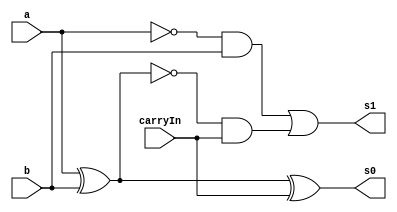
// Exemplo0022 - FULL SUBTRACTOR
// Nome: Ursula Rosa Monteiro de Castro


module fullSubtractor(output s1, output s0, input a, input b, input carryIn);

	wire s2;
	wire s3;
	wire s4;
	wire s5;
	wire s6;

	not N1(s5,a);
	not N2(s6,s2);
	xor X1(s2,a,b);
	xor X2(s0,s2,carryIn);
	and A1(s3,s5,b);
	and A2(s4,s6,carryIn);
	or O1(s1,s3,s4);

endmodule //fullSubtractor


module halfSubtractor(output s1, output s0, input a, input b);
	
	wire s2;

	not N1(s2,a);
	xor X1(s0,a,b);
	and A1(s1,s2,b);
endmodule //halfSubtractor


module FullSubtractor6(output [0:5]s, input [0:5]a, input [0:5]b);

	wire [0:5]s0;

	halfSubtractor H1(s0[5],s[5],a[5],b[5]);
	fullSubtractor F1(s0[4],s[4],a[4],b[4],s0[5]);
	fullSubtractor F2(s0[3],s[3],a[3],b[3],s0[4]);
	fullSubtractor F3(s0[2],s[2],a[2],b[2],s0[3]);
	fullSubtractor F4(s0[1],s[1],a[1],b[1],s0[2]);
	xor X1(s0[0],b[0],s0[1]);
	xor X2(s[0],a[0],s0[0]);

endmodule //FullSubtractor

//------------------
module testAdder;

reg [0:5]a = 6'b000000;
reg [0:5]b = 6'b000000;
wire [0:5]s;

FullSubtractor6 F1(s,a,b);
	

initial
	begin
	

	$display ("Exemplo0022 - Ursula Rosa - 427468");
	$display ("FULL SUBTRAcTOR");
	
	#1 $display ("%b - %b = %b",a,b,s);
		a = 6'b100110;	b = 6'b010100;
	#1	$display ("%b - %b = %b",a,b,s);
		b = 6'b110110;
	#1	$display ("%b - %b = %b",a,b,s);
		a = 6'b011111;	b = 6'b111100;
	#1	$display ("%b - %b = %b",a,b,s);
	
	end

endmodule //testSubtractor